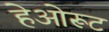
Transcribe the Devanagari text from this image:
हेओरूट